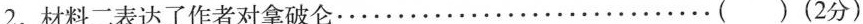
2.材料二表达了作者对拿破仑· ·······························( )(2分)